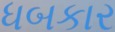
ધબકાર